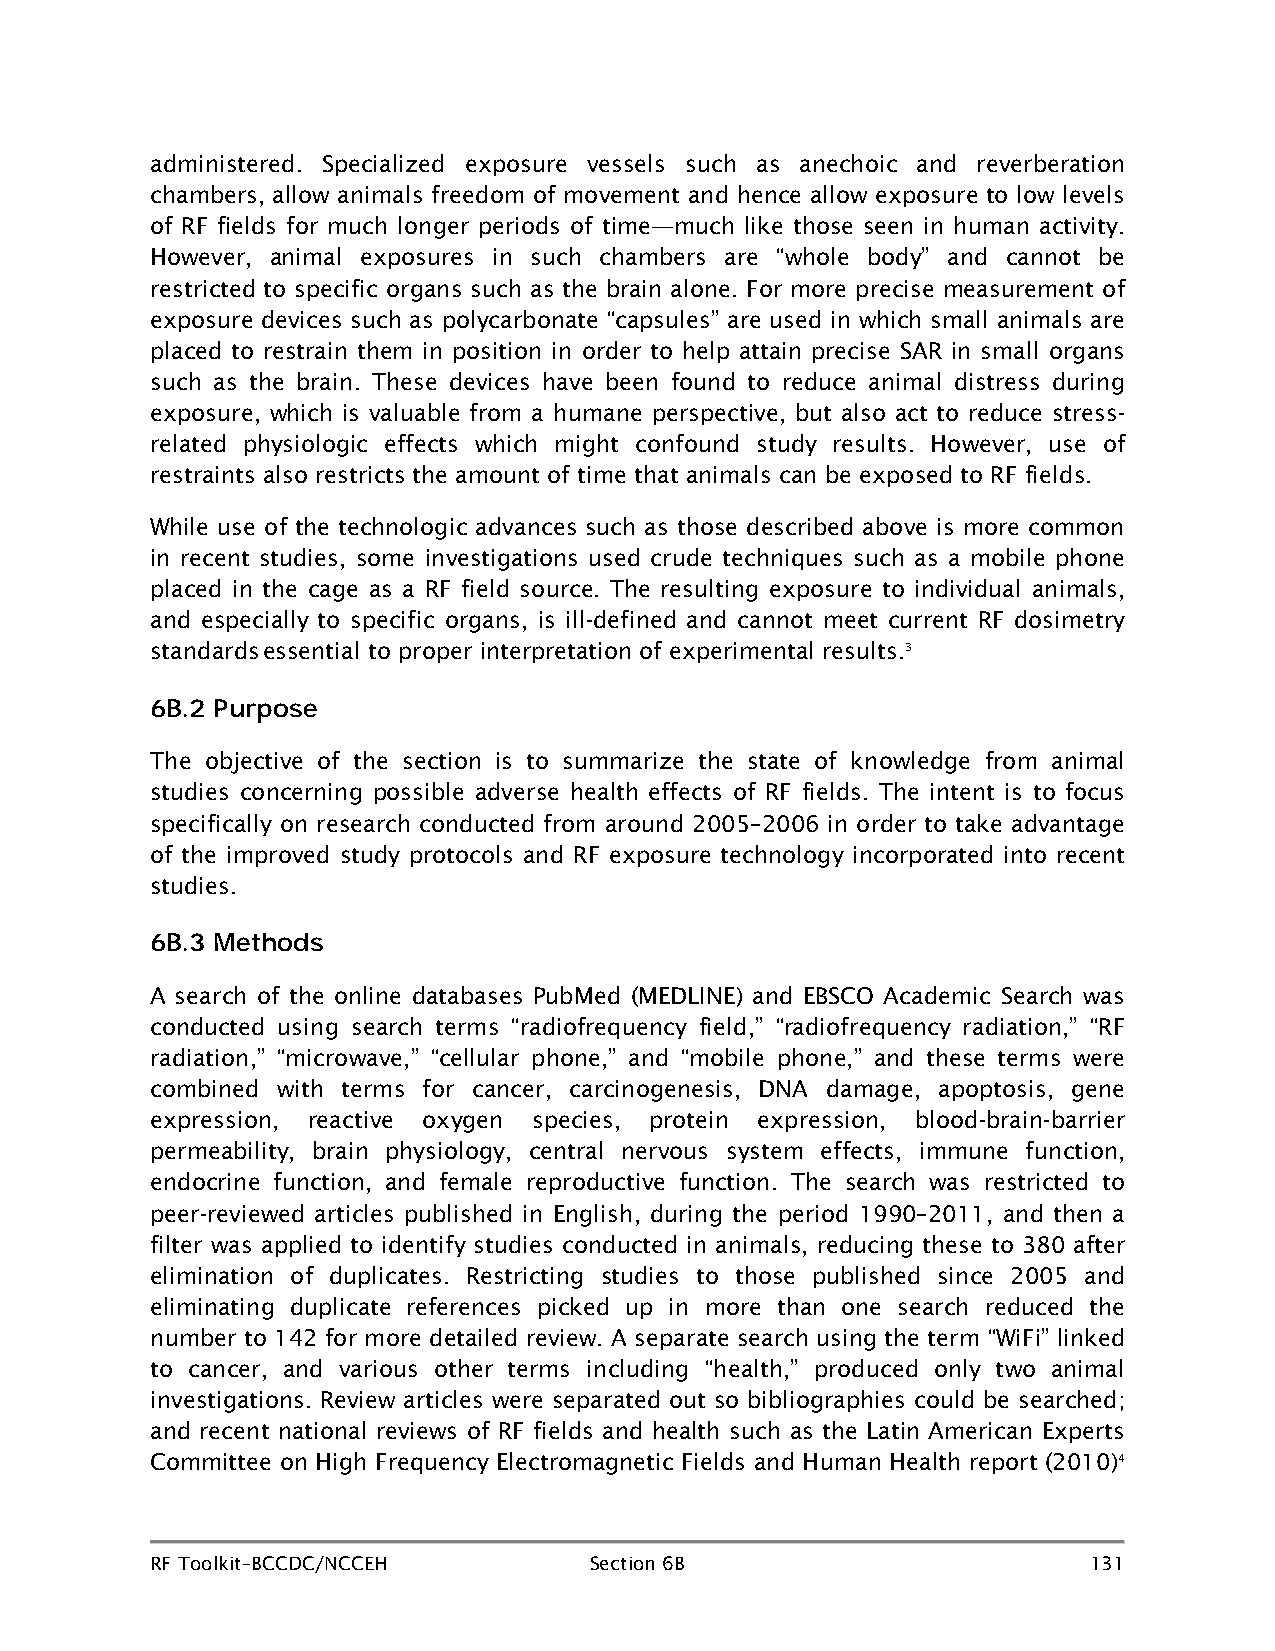
administered. Specialized exposure vessels such as anechoic and reverberation
 chambers, allow animals freedom of movement and hence allow exposure to low levels
 of RF fields for much longer periods of time—much like those seen in human activity.
 However, animal exposures in such chambers are “whole body” and cannot be
 restricted to specific organs such as the brain alone. For more precise measurement of
 exposure devices such as polycarbonate “capsules” are used in which small animals are
 placed to restrain them in position in order to help attain precise SAR in small organs
 such as the brain. These devices have been found to reduce animal distress during
 exposure, which is valuable from a humane perspective, but also act to reduce stress-
 related physiologic effects which might confound study results. However, use of
 restraints also restricts the amount of time that animals can be exposed to RF fields.
 While use of the technologic advances such as those described above is more common
 in recent studies, some investigations used crude techniques such as a mobile phone
 placed in the cage as a RF field source. The resulting exposure to individual animals,
 and especially to specific organs, is ill-defined and cannot meet current RF dosimetry
 standards essential to proper interpretation of experimental results.3
 6B.2 Purpose
 The objective of the section is to summarize the state of knowledge from animal
 studies concerning possible adverse health effects of RF fields. The intent is to focus
 specifically on research conducted from around 2005–2006 in order to take advantage
 of the improved study protocols and RF exposure technology incorporated into recent
 studies.
 6B.3 Methods
 A search of the online databases PubMed (MEDLINE) and EBSCO Academic Search was
 conducted using search terms “radiofrequency field,” “radiofrequency radiation,” “RF
 radiation,” “microwave,” “cellular phone,” and “mobile phone,” and these terms were
 combined with terms for cancer, carcinogenesis, DNA damage, apoptosis, gene
 expression, reactive oxygen species, protein expression, blood-brain-barrier
 permeability, brain physiology, central nervous system effects, immune function,
 endocrine function, and female reproductive function. The search was restricted to
 peer-reviewed articles published in English, during the period 1990–2011, and then a
 filter was applied to identify studies conducted in animals, reducing these to 380 after
 elimination of duplicates. Restricting studies to those published since 2005 and
 eliminating duplicate references picked up in more than one search reduced the
 number to 142 for more detailed review. A separate search using the term “WiFi” linked
 to cancer, and various other terms including “health,” produced only two animal
 investigations. Review articles were separated out so bibliographies could be searched;
 and recent national reviews of RF fields and health such as the Latin American Experts
 Committee on High Frequency Electromagnetic Fields and Human Health report (2010)4
 RF Toolkit–BCCDC/NCCEH       Section 6B                       131